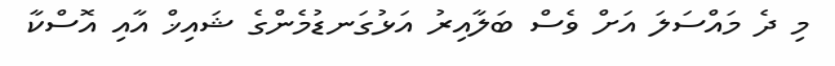
މި ދެ މައްސަލަ އަށް ވެސް ބަލާއިރު އަޅުގަނޑުމެންގެ ޝައިޚް އާއި އޮސްކާ